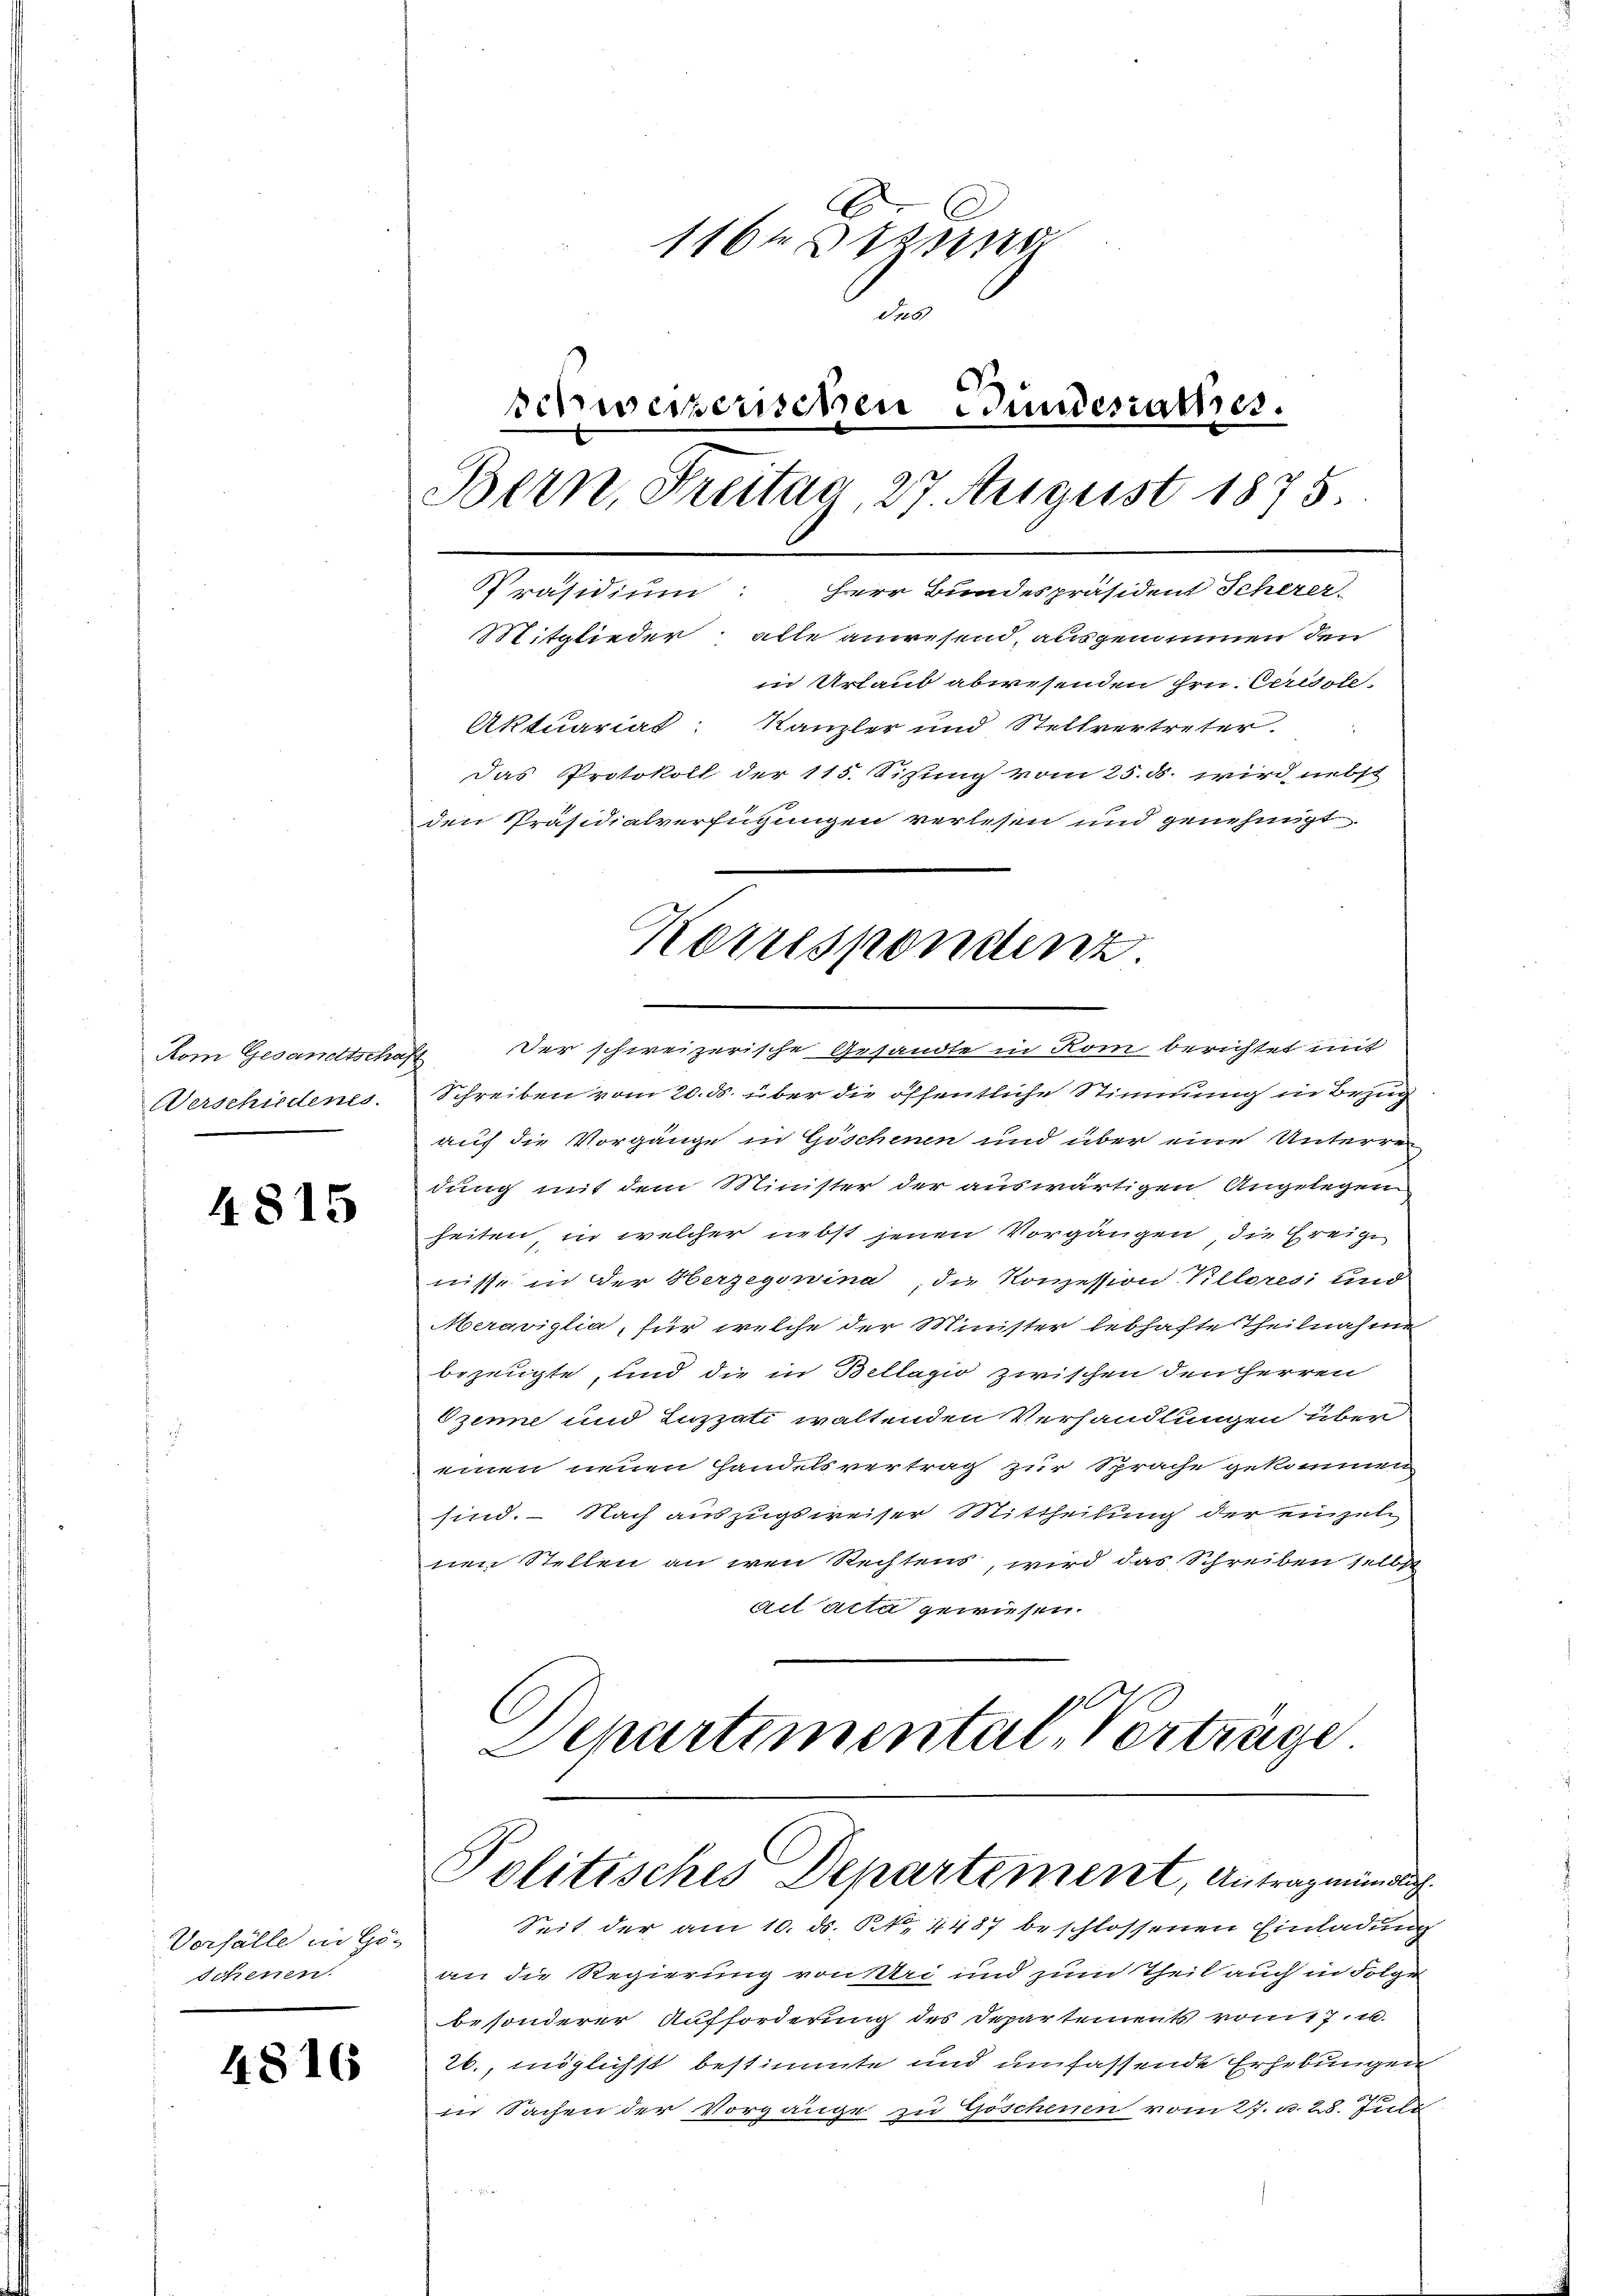
Kom Gesandtscha
Verschiedenes.

4815

Vorfälle in Gö-
Schenen

4816

1164 Stund
Jus
d.
schweizerischen Bundesrathes.
Bern, Freitag 27 August 1875.
Präsidium: Herr Bundespräsident Scherer-
Mitglieder, alle anwesend, ausgenommen den
in Urlaub abwesenden Hrn. Ceresste.
Aktuariat: Kanzler und Stellvertreter.
Das Protokoll der 115. Sisung vom 25. ds. wird nebst
den Präsidialverfügungen verlesen und genehmigt.

Schreiben vom 20. ds. über die öffentliche Stimmung in Bezug
auf die Vorgänge in Göschenen und über eine Unterrei
dung mit dem Minister der auswärtigen Angelegen
heiten, in welcher nebst jenen Vorgängen, die Ereige
nisse in der Herzegowina, die Konzession Killores und
Meraviglia, für welche der Minister lebhafte Theilnahme
bezeugte, und die in Bellagio zwischen den Herren
Ozene und Luzzati waltenden Verhandlungen über
einen neuen Handelsvertrag zur Sprache gekommen
sind. Nach auszugsweiser Mittheilung der einzeln
nen Stellen an iren Rechtens, wird das Schreiben selbst
ad acta gewiesen.
Departemental, Vortrage

Korrespondenz
Der schweizerische Gesandte in Rom berichtet mit

Politisches Departement, Antrag mündlich

Seit der am 10. ds. P. Nr. 4487 beschlossenen Einladung
an die Regierung von Uri und zum Theil auch in Folge
besonderer Aufforderung des Departements vom 17. u.
26., möglichst bestimmte und umfassende Erhebungen
in Sachen der Vorgänge zu Göschenen vom 27. u. 28. Juli
Ge